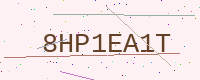
Text: 8HP1EA1T